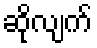
ဆိုလျက်